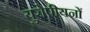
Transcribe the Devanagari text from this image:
युरोपीयनों